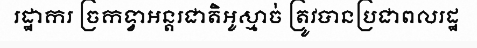
រដ្ឋាករ ច្រកទ្វាអន្តរជាតិអូស្មាច់ ត្រូវបានប្រជាពលរដ្ឋ